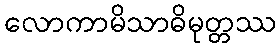
လောကာမိသာဓိမုတ္တဿ